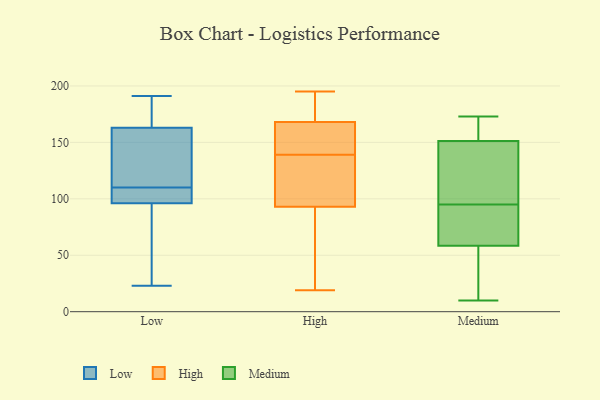
{"axis": {"x": "Bounce Rate (%)", "y": "Value"}, "legend": ["High", "Low", "Medium"], "data": [{"x": "", "y": 102, "type": "Low"}, {"x": "", "y": 183, "type": "Low"}, {"x": "", "y": 191, "type": "Low"}, {"x": "", "y": 96, "type": "Low"}, {"x": "", "y": 97, "type": "Low"}, {"x": "", "y": 136, "type": "Low"}, {"x": "", "y": 33, "type": "Low"}, {"x": "", "y": 118, "type": "Low"}, {"x": "", "y": 163, "type": "Low"}, {"x": "", "y": 23, "type": "Low"}, {"x": "", "y": 105, "type": "High"}, {"x": "", "y": 185, "type": "High"}, {"x": "", "y": 157, "type": "High"}, {"x": "", "y": 134, "type": "High"}, {"x": "", "y": 195, "type": "High"}, {"x": "", "y": 168, "type": "High"}, {"x": "", "y": 157, "type": "High"}, {"x": "", "y": 180, "type": "High"}, {"x": "", "y": 144, "type": "High"}, {"x": "", "y": 76, "type": "High"}, {"x": "", "y": 79, "type": "High"}, {"x": "", "y": 93, "type": "High"}, {"x": "", "y": 100, "type": "High"}, {"x": "", "y": 147, "type": "High"}, {"x": "", "y": 179, "type": "High"}, {"x": "", "y": 96, "type": "High"}, {"x": "", "y": 19, "type": "High"}, {"x": "", "y": 68, "type": "High"}, {"x": "", "y": 131, "type": "Medium"}, {"x": "", "y": 56, "type": "Medium"}, {"x": "", "y": 66, "type": "Medium"}, {"x": "", "y": 22, "type": "Medium"}, {"x": "", "y": 66, "type": "Medium"}, {"x": "", "y": 173, "type": "Medium"}, {"x": "", "y": 100, "type": "Medium"}, {"x": "", "y": 158, "type": "Medium"}, {"x": "", "y": 95, "type": "Medium"}, {"x": "", "y": 170, "type": "Medium"}, {"x": "", "y": 10, "type": "Medium"}]}